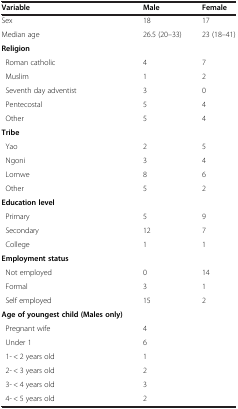
<table><thead><tr><td><b>Variable</b></td><td><b>Male</b></td><td><b>Female</b></td></tr></thead><tbody><tr><td>Sex</td><td>18</td><td>17</td></tr><tr><td>Median age</td><td>26.5 (20–33)</td><td>23 (18–41)</td></tr><tr><td><b>Religion</b></td><td> </td><td> </td></tr><tr><td> Roman catholic</td><td>4</td><td>7</td></tr><tr><td> Muslim</td><td>1</td><td>2</td></tr><tr><td> Seventh day adventist</td><td>3</td><td>0</td></tr><tr><td> Pentecostal</td><td>5</td><td>4</td></tr><tr><td> Other</td><td>5</td><td>4</td></tr><tr><td><b>Tribe</b></td><td> </td><td> </td></tr><tr><td> Yao</td><td>2</td><td>5</td></tr><tr><td> Ngoni</td><td>3</td><td>4</td></tr><tr><td> Lomwe</td><td>8</td><td>6</td></tr><tr><td> Other</td><td>5</td><td>2</td></tr><tr><td><b>Education level</b></td><td> </td><td> </td></tr><tr><td> Primary</td><td>5</td><td>9</td></tr><tr><td> Secondary</td><td>12</td><td>7</td></tr><tr><td> College</td><td>1</td><td>1</td></tr><tr><td><b>Employment status</b></td><td> </td><td> </td></tr><tr><td> Not employed</td><td>0</td><td>14</td></tr><tr><td> Formal</td><td>3</td><td>1</td></tr><tr><td> Self employed</td><td>15</td><td>2</td></tr><tr><td><b>Age of youngest child (Males only)</b></td><td> </td><td> </td></tr><tr><td> Pregnant wife</td><td>4</td><td> </td></tr><tr><td> Under 1</td><td>6</td><td> </td></tr><tr><td> 1- &lt; 2 years old</td><td>1</td><td> </td></tr><tr><td> 2- &lt; 3 years old</td><td>2</td><td> </td></tr><tr><td> 3- &lt; 4 years old</td><td>3</td><td> </td></tr><tr><td> 4- &lt; 5 years old</td><td>2</td><td> </td></tr></tbody></table>